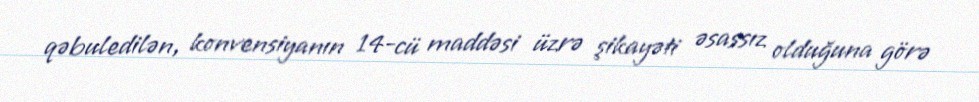
qəbuledilən, konvensiyanın 14-cü maddəsi üzrə şikayəti əsassız olduğuna görə